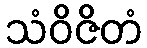
သံဝိဇိတံ